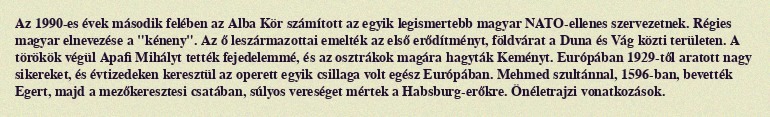
Az 1990-es évek második felében az Alba Kör számított az egyik legismertebb magyar NATO-ellenes szervezetnek. Régies magyar elnevezése a "kéneny". Az ő leszármazottai emelték az első erődítményt, földvárat a Duna és Vág közti területen. A törökök végül Apafi Mihályt tették fejedelemmé, és az osztrákok magára hagyták Keményt. Európában 1929-től aratott nagy sikereket, és évtizedeken keresztül az operett egyik csillaga volt egész Európában. Mehmed szultánnal, 1596-ban, bevették Egert, majd a mezőkeresztesi csatában, súlyos vereséget mértek a Habsburg-erőkre. Önéletrajzi vonatkozások.